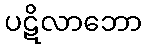
ပဋိလာဘော